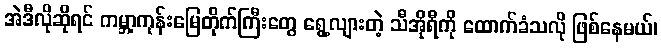
အဲဒီလိုဆိုရင် ကမ္ဘာ့ကုန်းမြေတိုက်ကြီးတွေ ရွေ့လျားတဲ့ သီအိုရီကို ထောက်ခံသလို ဖြစ်နေမယ်၊